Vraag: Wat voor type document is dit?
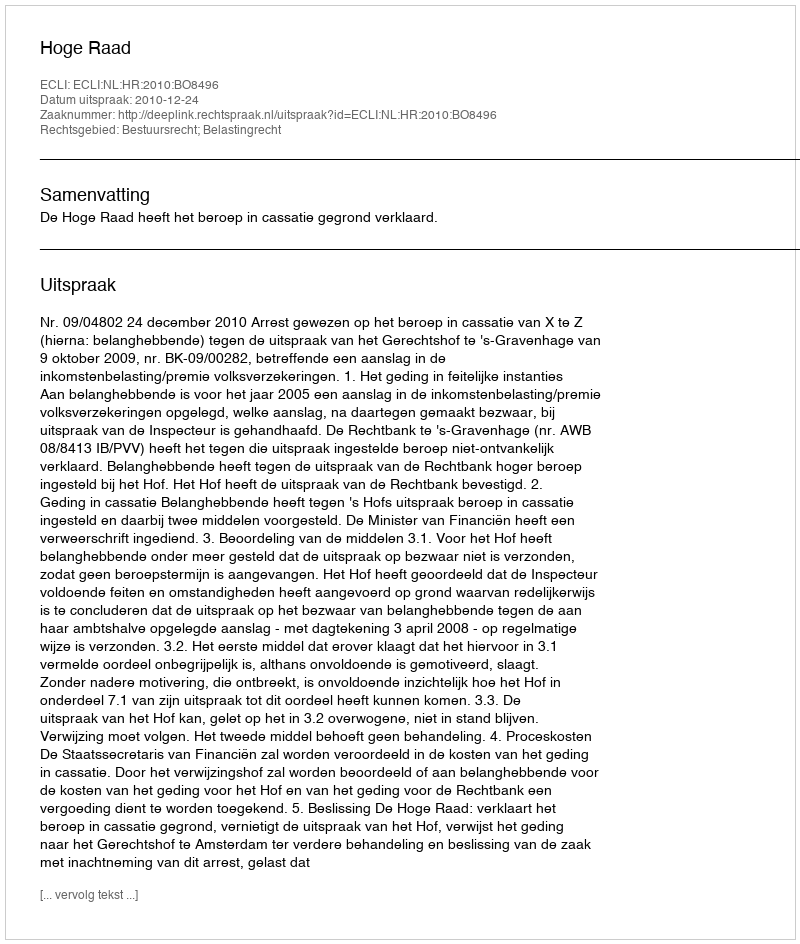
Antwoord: Uitspraak